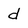
Character: d